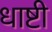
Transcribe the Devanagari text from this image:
धाष्टी